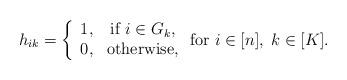
LaTeX: \begin{align*}h_{ik} = \left\{\begin{array}{cc}1, & \mbox{if } i \in G_{k}, \\0, & \mbox{otherwise}, \\\end{array}\right. \mbox{for } i \in [n], \; k \in [K].\end{align*}